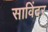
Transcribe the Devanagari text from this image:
साविंदर